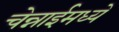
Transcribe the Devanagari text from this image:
चेन्नाईमध्ये